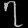
Digit: ၇